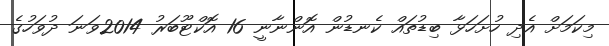
މިކަމަށް އެދި ހުށަހަޅާ ބިޑުތައް ކެނޑުން އޮންނާނީ 16 އޮކްޓޫބަރު 2014ވަނަ ދުވަހުގެ